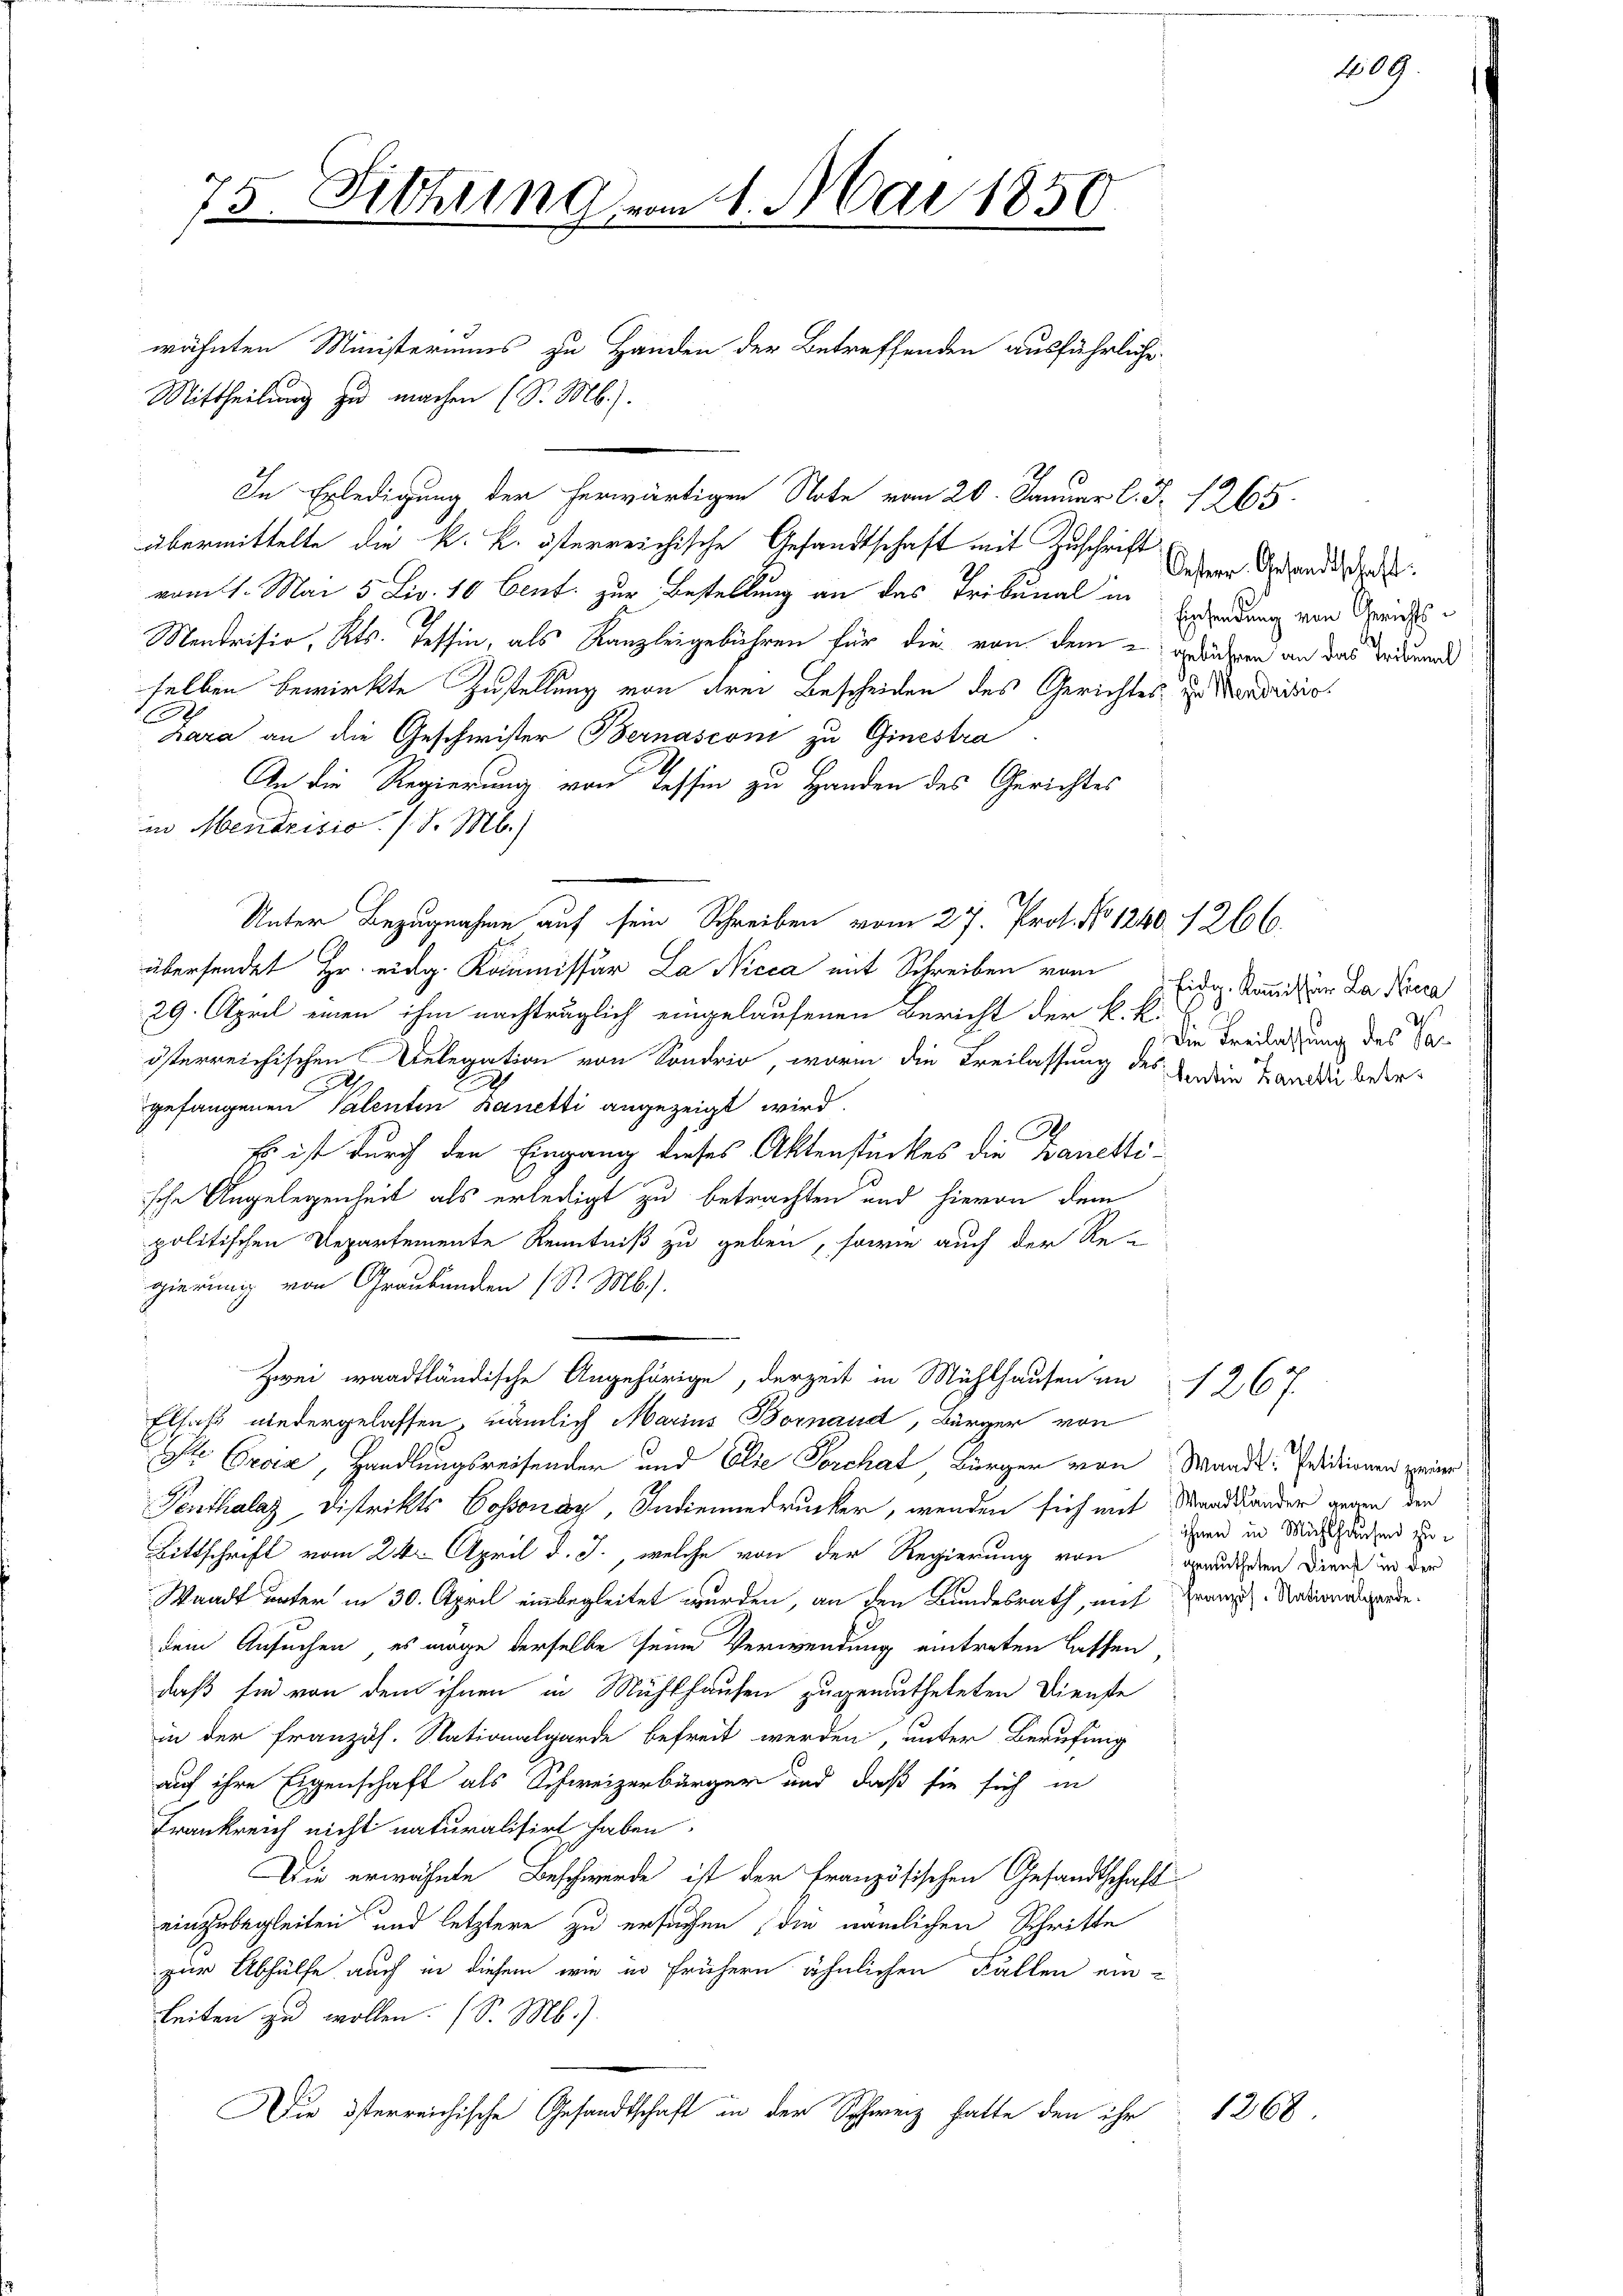
75. Sitzung vom 14. Mai 1850

wähnten Ministeriums zu Handen der Betreffenden ausführliche

Mittheilung zu machen (S. M.).
In Erledigung der herwärtigen Note vom 20. Januar l. J. 1265.
übermittelte die k. k. österreichische Gesandtschaft mit Zuschrift
vom 1. Mai 5 Liv. 10 Cent. zur Bestellung an das Tribunal in
Nentrisio, Kts. Tessin, als Kanzleigebühren für die von dem gedrücken an das Trierende
selben bewirkte Zustellung von drei Bescheiden des Gerichtes, zu errito.
.
2
zara an die Geschwister Bernasconi zu Ginestra
An die Regierung von Tessin zu Handen des Gerichtes
in Menarisio. /. d. M.)
Unter Bezugnahme auf sein Schreiben vom 27. Prof. No 1240. 1266.
übersendet Hr. eidg. Kommissär La Nicca mit Schreiben vom
29. April einen ihm nachträglich eingelaufenen Bericht der k. k.
österreichischen Delegation von Sondrio, worin die Freilassung des Anden Tandi beer¬
2
gefangenen Valenten Banetti angezeigt wird.
.
Es ist durch den Eingang dieses Aktenstückes die Banettische Angelegenheit als erledigt zu betrachten und hievon dem
politischen Departemente Kenntniß zu geben, sowie auch der Re-
gierung von Graubünden (S. M.).
Zwei waadtländische Angehörige, derzeit in Mühlhausen in 1267.
Elsaß niedergelassen, nämlich Marius Bornaud, Bürger von
Pr. Orvia, Handlungsreisenden und Elie Forchat Bürger von Waadt: Prsdienen peiner
Tenthalaz, Distrikts Cossonay, Indienundrucker, wenden sich mit Waadtlander gegen den
Bittschrift vom 24. April d. J., welche von der Regierung von grunderen Diens in der
Waadt unter in 30. April einbegleitet wurden, an den Bundesrath, mit Franz. Nationalgarde.
dem Ansuchen, es möge derselbe seine Verwendung eintreten lassen,
daß für von dem ihnen in Mühlhausen zugemutheteten Dienste
in der Französ. Stationalgarde befreit werden, unter Berufung
auf ihre Eigenschaft als Schweizerbürger und daß sie sich in
Frankreich nicht naturalisirt haben.
Die erwähnte Beschwerde ist der Französischen Gesandtschaft
einzubegleiten und letztere zu ersuchen , die nämlichen Schritte
zur Abhülfe auch in diesem wie in frühern ähnlichen Fällen ein-
Leiten zu wollen. (S. M.).
Die österreichische Gesandtschaft in der Schweiz hatte den ihr

Oester Gesandtschaft:
Einsendung von Gerichts¬

109.

Eidg. Kommissär La Nicca
Die Beilassung des Sa¬

ihnen in Mühlhausen zu

1268